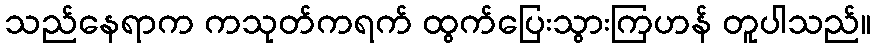
သည်နေရာက ကသုတ်ကရက် ထွက်ပြေးသွားကြဟန် တူပါသည်။